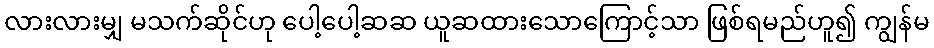
လားလားမျှ မသက်ဆိုင်ဟု ပေါ့ပေါ့ဆဆ ယူဆထားသောကြောင့်သာ ဖြစ်ရမည်ဟူ၍ ကျွန်မ